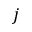
j